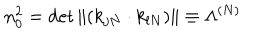
LaTeX: n _ { 0 } ^ { 2 } = \det \| ( k _ { j N } \cdot k _ { l N } ) \| \equiv \Lambda ^ { ( N ) }